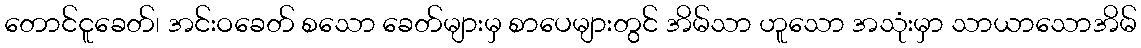
တောင်ငူခေတ်၊ အင်းဝခေတ် စသော ခေတ်များမှ စာပေများတွင် အိမ်သာ ဟူသော အသုံးမှာ သာယာသောအိမ်